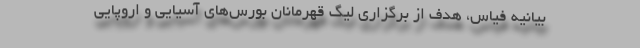
بیانیه فیاس، هدف از برگزاری لیگ قهرمانان بورس‌های آسیایی و اروپایی